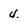
Character: 4